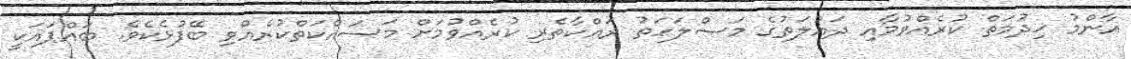
އާންމު ޚިދުމަތް ކުރެއްވުމާއި ދައުލަތުގެ މަޞްލަހަތު ރައްކާތެރި ކުރެއްވުމަށް މަސައްކަތްކުރެއްވި ބޭފުޅެކެވެ. ބައްޕައަކީ